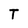
Character: T